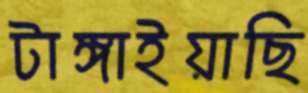
টাঙ্গাইয়াছি